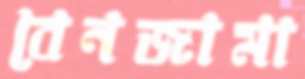
বেনজামা